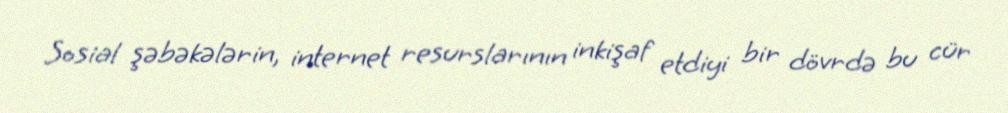
Sosial şəbəkələrin, internet resurslarının inkişaf etdiyi bir dövrdə bu cür